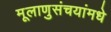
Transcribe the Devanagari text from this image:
मूलाणुसंचयांमधे